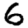
Digit: 6